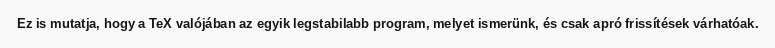
Ez is mutatja, hogy a TeX valójában az egyik legstabilabb program, melyet ismerünk, és csak apró frissítések várhatóak.